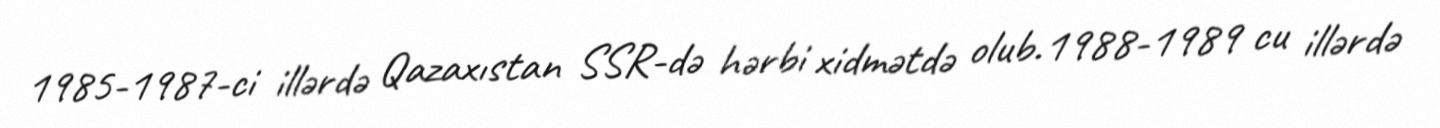
1985-1987-ci illərdə Qazaxıstan SSR-də hərbi xidmətdə olub.1988-1989 cu illərdə